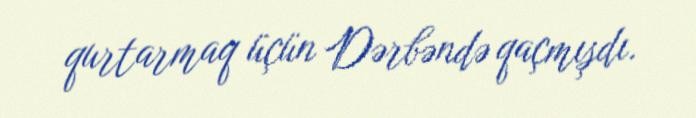
qurtarmaq üçün Dərbəndə qaçmışdı.